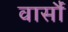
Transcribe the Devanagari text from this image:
वार्सौ